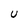
Character: U